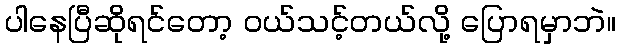
ပါနေပြီဆိုရင်တော့ ဝယ်သင့်တယ်လို့ ပြောရမှာဘဲ။